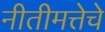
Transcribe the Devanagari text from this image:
नीतीमत्तेचे